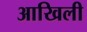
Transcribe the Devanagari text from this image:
आखिली